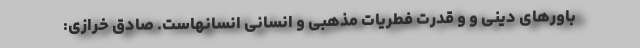
باورهای دینی و و قدرت فطریات مذهبی و انسانی انسانهاست. صادق خرازی: